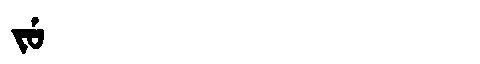
Manchu: ᠵᡠ
Romanization: JU